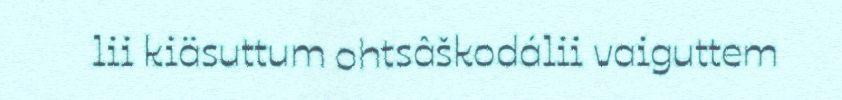
lii kiäsuttum ohtsâškodálii vaiguttem